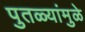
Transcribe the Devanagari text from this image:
पुतळ्यांमुळे